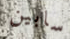
سابين